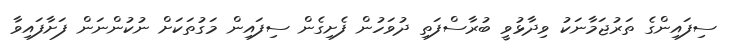
ސިފައިންގެ ތަރުޖަމާނަކު ވިދާޅުވީ ބުރާސްފަތި ދުވަހުން ފެށިގެން ސިފައިން މަގުތަކަށް ނުކުންނަން ފަށާފައިވާ